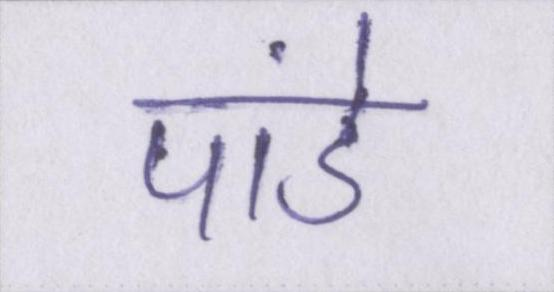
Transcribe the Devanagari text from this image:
पांडे